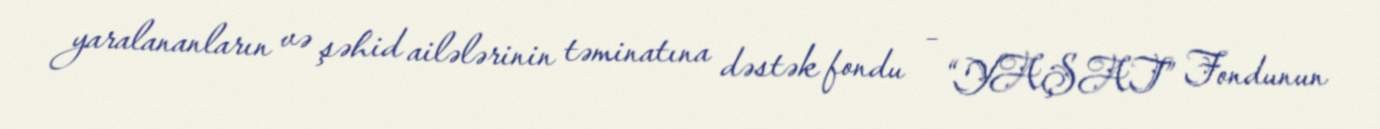
yaralananların və şəhid ailələrinin təminatına dəstək fondu – “YAŞAT” Fondunun